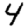
Digit: 4